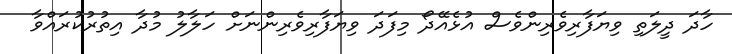
ހާދަ ދީލަތި ވިޔަފާރިވެރިންވެސް އުޅެއޭދޯ މިފަދަ ވިޔަފާރިވެރިންނަށް ހަލާލު މުދާ އިތުރުކުރައްވާ